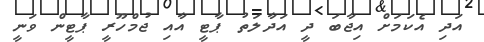
އަދި އެކަމަށް އިޖާބަ ދީ އަދާލަތު ޕާޓީ އާއި ޖުމްހޫރީ ޕާޓީން ވަނީ